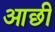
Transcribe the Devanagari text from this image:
आछी